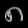
Digit: ၈